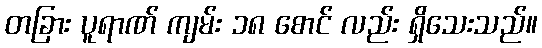
တခြား ပူရာဏ် ကျမ်း ၁၈ စောင် လည်း ရှိသေးသည်။